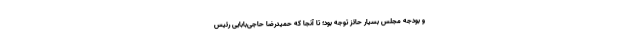
و بودجه مجلس بسیار حائز توجه بود؛ تا آنجا که حمیدرضا حاجی‌بابایی رئیس